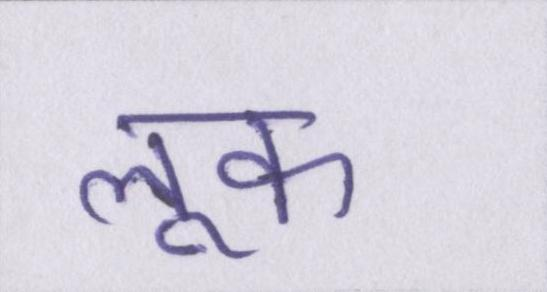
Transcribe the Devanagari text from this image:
लूक